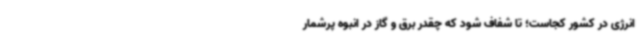
انرژی در کشور کجاست؛ تا شفاف شود که چقدر برق و گاز در انبوه پرشمار